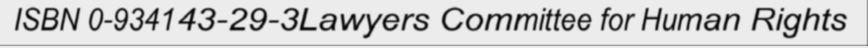
ISBN 0-934143-29-3Lawyers Committee for Human Rights